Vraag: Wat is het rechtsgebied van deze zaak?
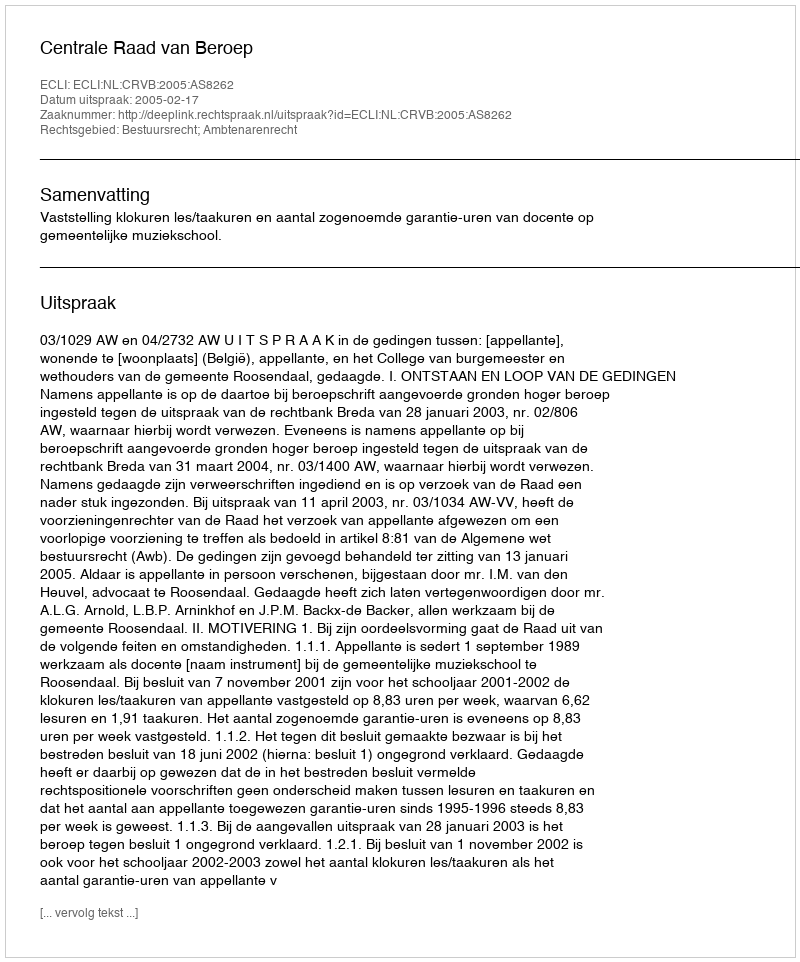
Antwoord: Bestuursrecht; Ambtenarenrecht